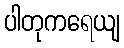
ပါတုကရေယျ